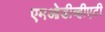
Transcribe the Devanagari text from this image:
एमओडीव्हीएटी